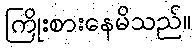
ကြိုးစားနေမိသည်။